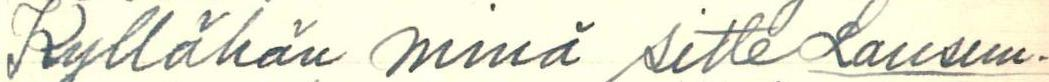
Kyllähän minä sitte Lausun-